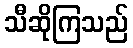
သီဆိုကြသည်